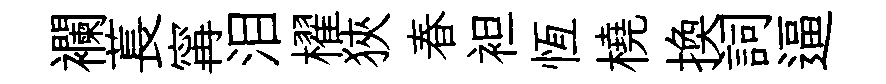
襴萇𡩋泪櫂狹春袒恆橈換詞逼